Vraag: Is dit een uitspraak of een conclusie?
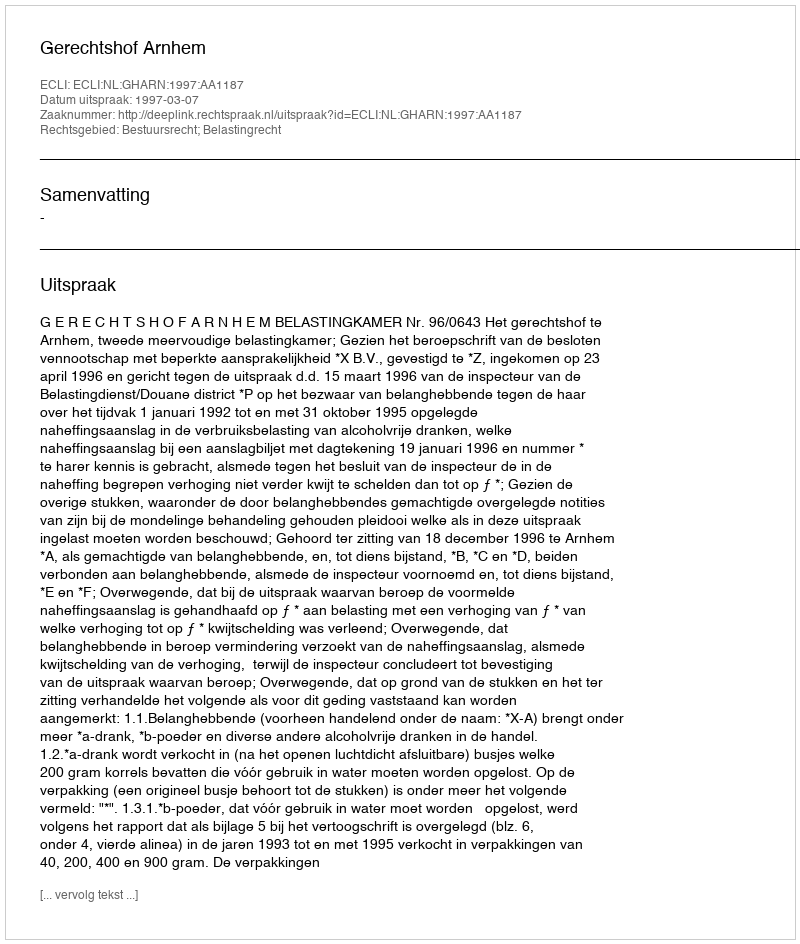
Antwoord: Uitspraak